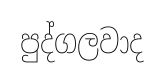
පුද්ගලවාද